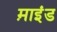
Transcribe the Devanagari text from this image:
म़ाइंड